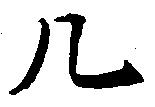
几